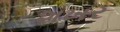
શખર